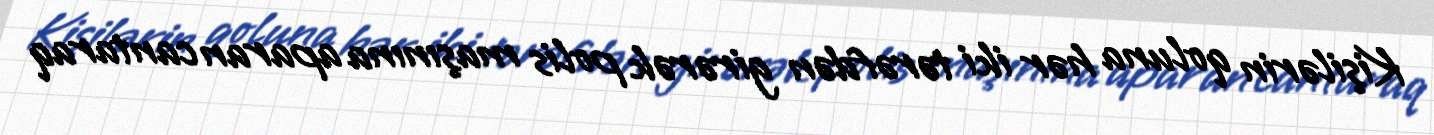
Kişilərin qoluna hər iki tərəfdən girərək polis maşınına aparan cantaraq